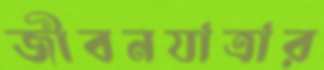
জীবনযাত্রার